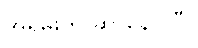
အရမ်းကို ဆာနေပါပြီ။